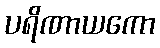
ပရိဏာယကော